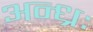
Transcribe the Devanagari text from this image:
अन्ध्रः